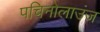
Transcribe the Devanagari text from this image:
पचिनोलाउंज